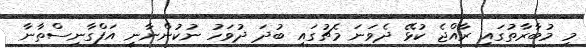
މި މުބާރާތުގައި ރާއްޖެ ކުޅޭ ދެވަަނަ މެޗުގައި ބުދަ ދުވަހު ނުކުންނާނީ އަފްގާނިސްތާނާ